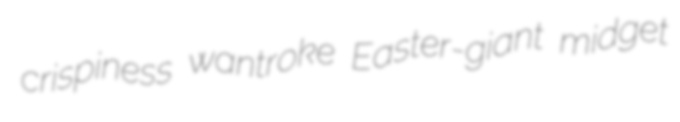
crispiness wantroke Easter-giant midget